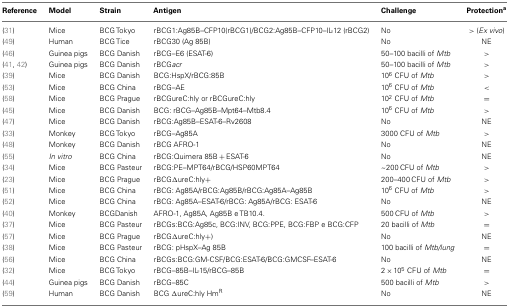
<table><thead><tr><td><b>Reference</b></td><td><b>Model</b></td><td><b>Strain</b></td><td><b>Antigen</b></td><td><b>Challenge</b></td><td><b>Protection<sup>a</sup></b></td></tr></thead><tbody><tr><td>(31)</td><td>Mice</td><td>BCG Tokyo</td><td>rBCG1:Ag85B–CFP10(rBCG1)/BCG2:Ag85B–CFP10–IL-12 (rBCG2)</td><td>No</td><td>&gt; (<i>Ex vivo</i>)</td></tr><tr><td>(49)</td><td>Human</td><td>BCG Tice</td><td>rBCG30 (Ag 85B)</td><td>No</td><td>NE</td></tr><tr><td>(46)</td><td>Guinea pigs</td><td>BCG Danish</td><td>rBCG–E6 (ESAT-6)</td><td>50–100 bacilli of <i>Mtb</i></td><td>&gt;</td></tr><tr><td>(41, 42)</td><td>Guinea pigs</td><td>BCG Danish</td><td>rBCG<i>acr</i></td><td>50–100 bacilli of <i>Mtb</i></td><td>&gt;</td></tr><tr><td>(39)</td><td>Mice</td><td>BCG Danish</td><td>BCG:HspX/rBCG:85B</td><td>10<sup>6</sup> CFU of <i>Mtb</i></td><td>&gt;</td></tr><tr><td>(53)</td><td>Mice</td><td>BCG China</td><td>rBCG–AE</td><td>10<sup>6</sup> CFU of <i>Mtb</i></td><td>&lt;</td></tr><tr><td>(58)</td><td>Mice</td><td>BCG Prague</td><td>rBCGureC:hly or rBCGureC:hly</td><td>10<sup>2</sup> CFU of <i>Mtb</i></td><td>=</td></tr><tr><td>(45)</td><td>Mice</td><td>BCG Danish</td><td>BCG: rBCG–Ag85B–Mpt64–Mtb8.4</td><td>10<sup>6</sup> CFU of <i>Mtb</i></td><td>&gt;</td></tr><tr><td>(47)</td><td>Mice</td><td>BCG Danish</td><td>rBCG:Ag85B–ESAT-6–Rv2608</td><td>No</td><td>NE</td></tr><tr><td>(33)</td><td>Monkey</td><td>BCG Tokyo</td><td>rBCG–Ag85A</td><td>3000 CFU of <i>Mtb</i></td><td>&gt;</td></tr><tr><td>(48)</td><td>Monkey</td><td>BCG Danish</td><td>rBCG AFRO-1</td><td>No</td><td>NE</td></tr><tr><td>(55)</td><td><i>In vitro</i></td><td>BCG China</td><td>rBCG:Quimera 85B + ESAT-6</td><td>No</td><td>NE</td></tr><tr><td>(34)</td><td>Mice</td><td>BCG Pasteur</td><td>rBCG:PE–MPT64/rBCG/HSP60MPT64</td><td>~200 CFU of <i>Mtb</i></td><td>&gt;</td></tr><tr><td>(23)</td><td>Mice</td><td>BCG Prague</td><td>rBCGΔureC:hly+</td><td>200–400 CFU of <i>Mtb</i></td><td>&gt;</td></tr><tr><td>(51)</td><td>Mice</td><td>BCG China</td><td>rBCG: Ag85A/rBCG:Ag85B/rBCG:Ag85A–Ag85B</td><td>10<sup>6</sup> CFU of <i>Mtb</i></td><td>&gt;</td></tr><tr><td>(52)</td><td>Mice</td><td>BCG China</td><td>rBCG: Ag85A–ESAT-6/rBCG: Ag85A/rBCG: ESAT-6</td><td>No</td><td>NE</td></tr><tr><td>(40)</td><td>Monkey</td><td>BCGDanish</td><td>AFRO-1, Ag85A, Ag85B e TB10.4.</td><td>500 CFU of <i>Mtb</i></td><td>&gt;</td></tr><tr><td>(37)</td><td>Mice</td><td>BCG Pasteur</td><td>rBCGs:BCG:Ag85c, BCG:INV, BCG:PPE, BCG:FBP e BCG:CFP</td><td>20 bacilli of <i>Mtb</i></td><td>=</td></tr><tr><td>(57)</td><td>Mice</td><td>BCG Prague</td><td>rBCGΔureC:hly+)</td><td>No</td><td>NE</td></tr><tr><td>(38)</td><td>Mice</td><td>BCG Pasteur</td><td>rBCG: pHspX–Ag 85B</td><td>100 bacilli of <i>Mtb/lung</i></td><td>=</td></tr><tr><td>(56)</td><td>Mice</td><td>BCG China</td><td>rBCGs:BCG:GM-CSF/BCG:ESAT-6/BCG:GMCSF–ESAT-6</td><td>No</td><td>NE</td></tr><tr><td>(32)</td><td>Mice</td><td>BCG Tokyo</td><td>rBCG–85B–IL-15/rBCG–85B</td><td>2 × 10<sup>5</sup> CFU of <i>Mtb</i></td><td>=</td></tr><tr><td>(44)</td><td>Guinea pigs</td><td>BCG Danish</td><td>rBCG–85C</td><td>500 bacilli of <i>Mtb</i></td><td>&gt;</td></tr><tr><td>(59)</td><td>Human</td><td>BCG Danish</td><td>BCG <b>Δ</b>ureC:hly Hm<sup>R</sup></td><td>No</td><td>NE</td></tr></tbody></table>